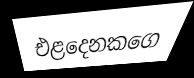
එළදෙනකගෙ